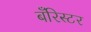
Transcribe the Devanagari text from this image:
बँरिस्टर